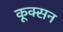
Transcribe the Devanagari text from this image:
कूक्सन